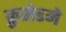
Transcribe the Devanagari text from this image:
क्रुसेडने